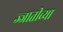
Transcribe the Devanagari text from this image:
ज्जातीच्या